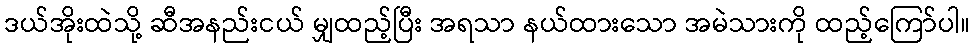
ဒယ်အိုးထဲသို့ ဆီအနည်းငယ် မျှထည့်ပြီး အရသာ နယ်ထားသော အမဲသားကို ထည့်ကြော်ပါ။